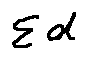
\sum d